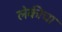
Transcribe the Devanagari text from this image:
लेकीचा